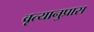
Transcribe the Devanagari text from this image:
वृत्यानुप्रास